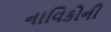
નાવિકોની